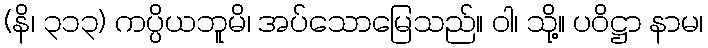
(နိ၊ ၃၁၃) ကပ္ပိယဘူမိ၊ အပ်သောမြေသည်။ ဝါ၊ သို့။ ပဝိဋ္ဌာ နာမ၊